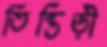
তিন্তিড়ী